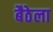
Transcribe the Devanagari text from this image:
बैठेला